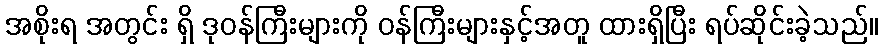
အစိုးရ အတွင်း ရှိ ဒုဝန်ကြီးများကို ဝန်ကြီးများနှင့်အတူ ထားရှိပြီး ရပ်ဆိုင်းခဲ့သည်။